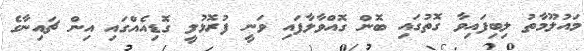
މައުލޫމާތު ލިބިފައިވާ ގޮތުގައި ބޮން ގޮއްވާލާފައި ވަނީ ފުރޮޅުލީ ގޮޑިއެއްގައި އިން ޗައިނާގެ